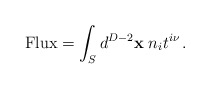
\begin{align*}{\rm Flux}=\int_{S} d^{D-2}{\bf x} \;n_i t^{i \nu} \,. \end{align*}